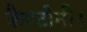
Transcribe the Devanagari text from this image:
कैण्टोनी।